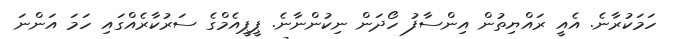
ހަމަކުރާނެ. އެއީ ރައްޔިތުން އިންސާފު ހޯދަން ނިކުންނާނެ. ޕީޕީއެމްގެ ސަރުކާރެއްގައި ހަމަ އަންނަ